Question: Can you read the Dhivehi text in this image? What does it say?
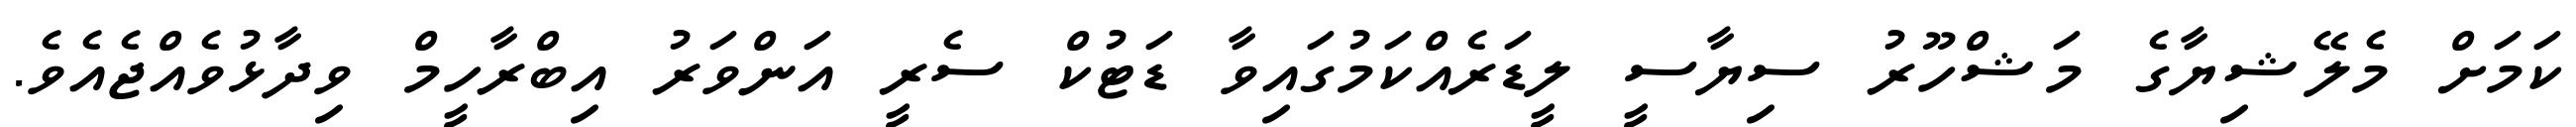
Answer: ކަމަށް މެލޭޝިޔާގެ މަޝްހޫރު ސިޔާސީ ލީޑަރެއްކަމުގައިވާ ޑަޓުކް ސެރީ އަންވަރު އިބްރާހީމް ވިދާޅުވެއްޖެއެވެ.